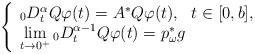
LaTeX: \begin{align*}\left\{\begin{array}{l}{}_0D^{\alpha}_tQ\varphi(t)=A^*Q\varphi(t), ~~ t\in [0,b],\\ \lim\limits_{t\to 0^+} {}_0D^{\alpha-1}_tQ\varphi(t)=p_\omega^*g\end{array}\right.\end{align*}